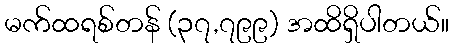
မက်ထရစ်တန် (၃၇,၇၉၉) အထိရှိပါတယ်။